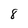
Character: 8